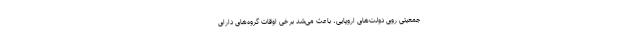
جمعیتی روی دولت‌های اروپایی، باعث می‌شد برخی اوقات گروه‌های دارای